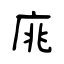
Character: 庣